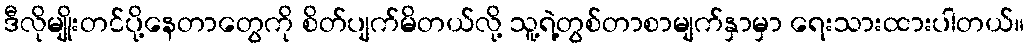
ဒီလိုမျိုးတင်ပို့နေတာတွေကို စိတ်ပျက်မိတယ်လို့ သူ့ရဲ့တွစ်တာစာမျက်နှာမှာ ရေးသားထားပါတယ်။